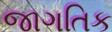
જાગતિક